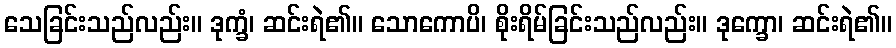
သေခြင်းသည်လည်း။ ဒုက္ခံ၊ ဆင်းရဲ၏။ သောကောပိ၊ စိုးရိမ်ခြင်းသည်လည်း။ ဒုက္ခော၊ ဆင်းရဲ၏။